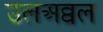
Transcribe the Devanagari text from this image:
उलअव्वल